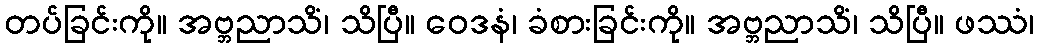
တပ်ခြင်းကို။ အဗ္ဘညာသိံ၊ သိပြီ။ ဝေဒနံ၊ ခံစားခြင်းကို။ အဗ္ဘညာသိံ၊ သိပြီ။ ဖဿံ၊